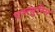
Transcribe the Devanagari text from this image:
एस्त्युरिन